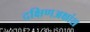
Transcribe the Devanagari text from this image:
दक्षिणअक्षांश